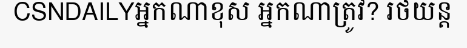
CSNDAILYអ្នកណាខុស អ្នកណាត្រូវ? រថយន្ត